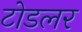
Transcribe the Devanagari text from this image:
टोडलर